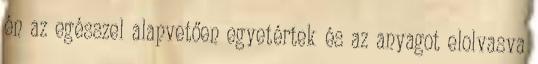
én az egésszel alapvetően egyetértek és az anyagot elolvasva